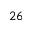
2 6